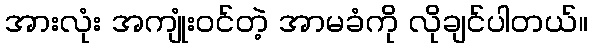
အားလုံး အကျုံးဝင်တဲ့ အာမခံကို လိုချင်ပါတယ်။